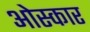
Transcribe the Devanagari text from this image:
ओस्कार